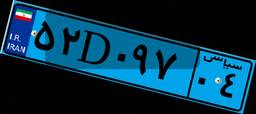
۵۲D۰۹۷۰۴